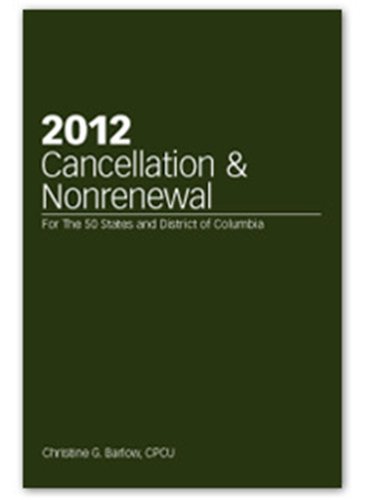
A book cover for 2012 Cancellation & Nonrenewal; Christine G. Barlow CPCU; Business & Money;